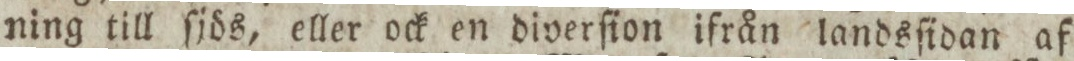
ning till ſjös, eller ock en diverſion ifrån landsſidan af